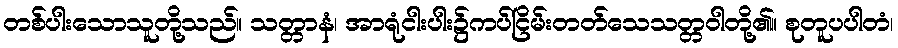
တစ်ပါးသောသူတို့သည်။ သတ္တာနံ၊ အာရုံငါးပါး၌ကပ်ငြိမ်းတတ်သေသတ္တဝါတို့၏။ စုတူပပါတံ၊